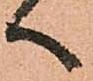
へ